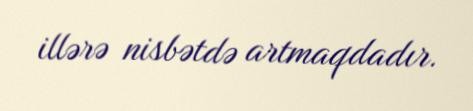
illərə nisbətdə artmaqdadır.